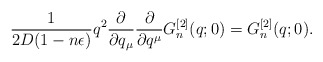
\begin{align*}\frac{1}{2D(1-n\epsilon)}q^2\frac{\partial}{\partial q_\mu}\frac{\partial}{\partial q^\mu}G^{[2]}_n(q;0)=G^{[2]}_n(q;0).\end{align*}